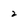
Character: 2